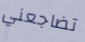
تضاجعني